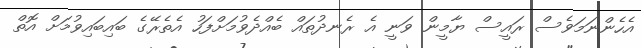
އެހެންނަމަވެސް ރައީސް ޔާމީން ވަނީ އެ ރެނދުތައް ބެއްދެވުމަށްފަހު އެތެރޭގެ ބައިބައިވުމަށް އޮތް